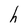
Character: h